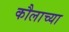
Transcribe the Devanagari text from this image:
कौलाच्या